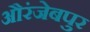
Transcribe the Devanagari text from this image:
औरंजेबपुर